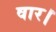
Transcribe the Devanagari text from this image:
वार।